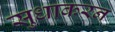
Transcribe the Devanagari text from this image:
सुधाकरन